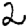
Digit: 2